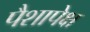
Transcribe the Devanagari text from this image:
पैशापेक्ष